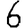
Digit: 6